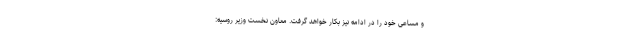
و مساعی خود را در ادامه نیز بکار خواهد گرفت. معاون نخست وزیر روسیه: